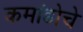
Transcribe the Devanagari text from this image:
कमांडोचे